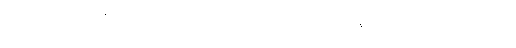
သူမ မိုးရွာတဲ့လမ်းမှာချော်လဲသွားတာအင်္ကျီ တစ်ထည်လုံးရစရာမရှိအောင်ညစ်ပတ်သွားတယ်။